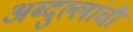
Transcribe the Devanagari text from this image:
अब्दुल्लांची